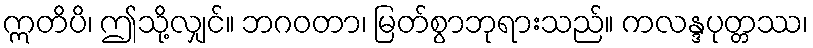
ဣတိပိ၊ ဤသို့လျှင်။ ဘဂဝတာ၊ မြတ်စွာဘုရားသည်။ ကလန္ဒပုတ္တဿ၊